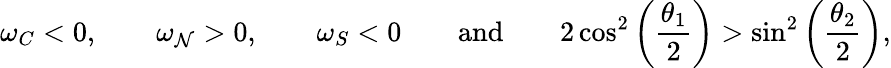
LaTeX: \omega_{C}<0,\qquad\omega_{\mathcal{N}}>0,\qquad\omega_{S}<0\qquad\textnormal{and}\qquad2\cos^{2}\left(\frac{{\theta_{1}}}{{2}}\right)>\sin^{2}\left(\frac{{\theta_{2}}}{{2}}\right),